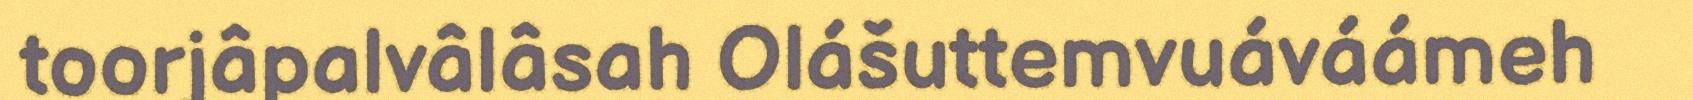
toorjâpalvâlâsah Olášuttemvuáváámeh